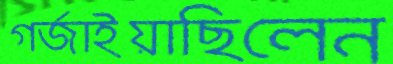
গর্‌জাইয়াছিলেন